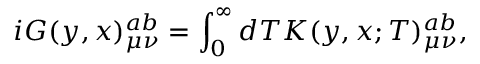
i G ( y , x ) _ { \mu \nu } ^ { a b } = \int _ { 0 } ^ { \infty } { d T K ( y , x ; T ) _ { \mu \nu } ^ { a b } } ,